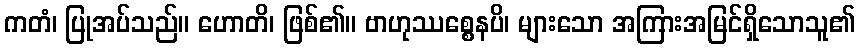
ကတံ၊ ပြုအပ်သည်။ ဟောတိ၊ ဖြစ်၏။ ဗာဟုဿစ္စေနပိ၊ များသော အကြားအမြင်ရှိသောသူ၏